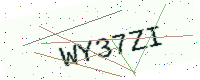
Text: WY37ZI